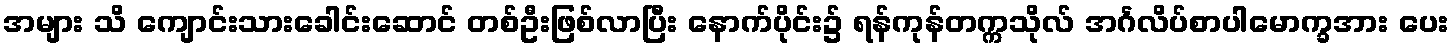
အများ သိ ကျောင်းသားခေါင်းဆောင် တစ်ဦးဖြစ်လာပြီး နောက်ပိုင်း၌ ရန်ကုန်တက္ကသိုလ် အင်္ဂလိပ်စာပါမောက္ခအား ပေး